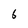
Character: 6